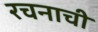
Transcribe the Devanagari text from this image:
रचनाची